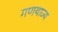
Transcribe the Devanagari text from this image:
गणयाज्य